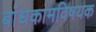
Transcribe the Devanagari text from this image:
बांधकामविषयक